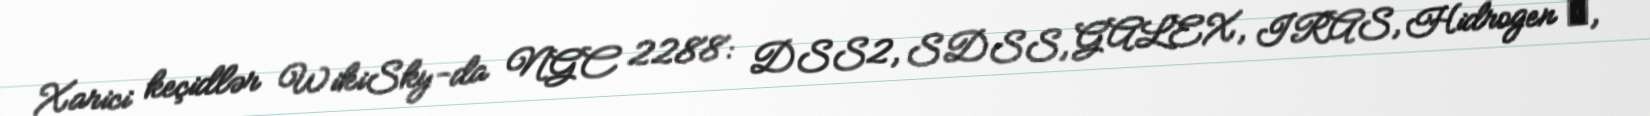
Xarici keçidlər WikiSky-da NGC 2288: DSS2, SDSS, GALEX, IRAS, Hidrogen α,